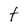
Character: t